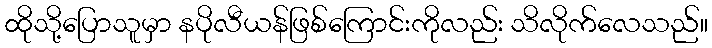
ထိုသို့ပြောသူမှာ နပိုလီယန်ဖြစ်ကြောင်းကိုလည်း သိလိုက်လေသည်။